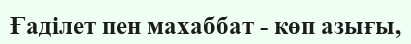
Ғаділет пен махаббат - көп азығы,